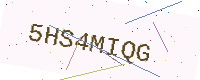
Text: 5HS4MIQG